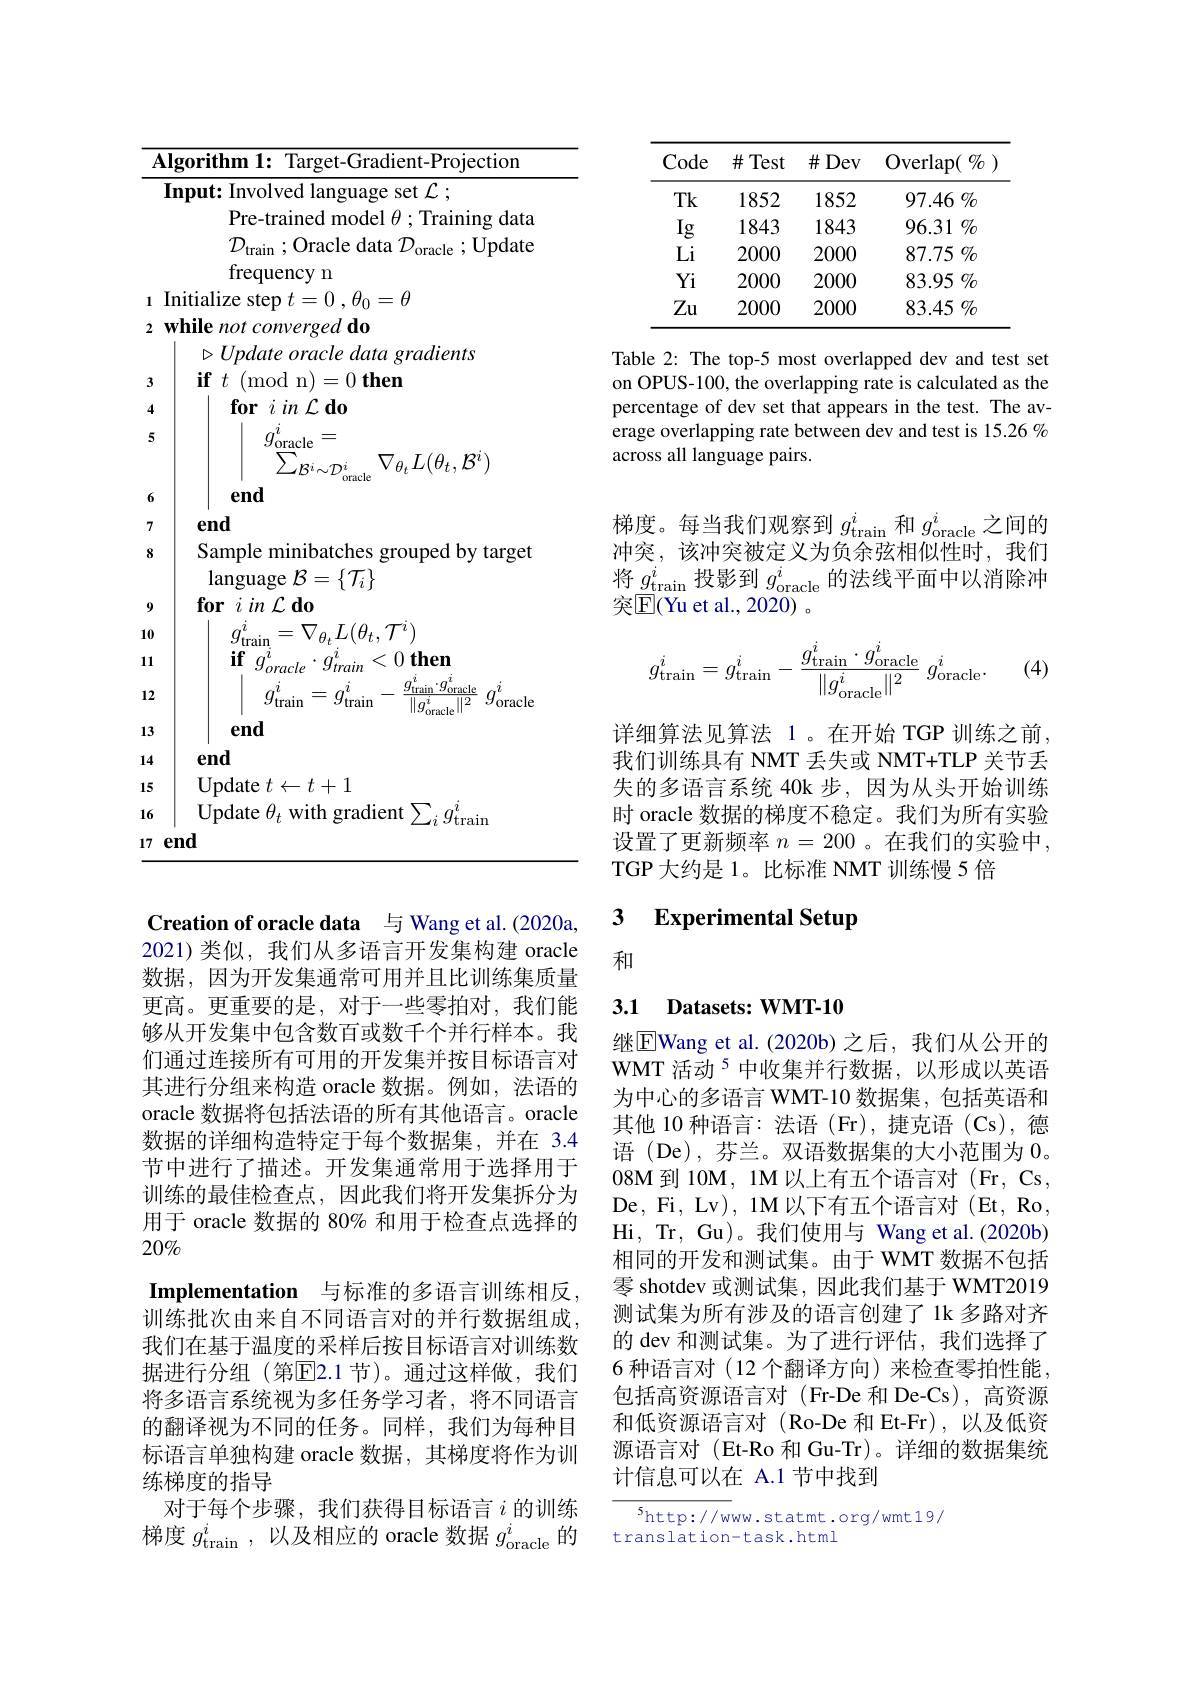
Algorithm 1: Target-Gradient-Projection

Input: Involved language set $\mathcal{L};$

Pre-trained model $\theta;$Training data $\mathcal{D}_{\mathrm{train~;~Oracle~data~}}\mathcal{D}_{\mathrm{oracle~;~Update}}$ frequency n
1 Initialize step $t=0,\theta_0=\theta$
2 while not converged do
$\triangleright Update\textit{oracle data gradients}$
3
$\textbf{if }t\allowbreak ( {\mathrm{mod}} $n$) = 0\textbf{then}$
4
$\textbf{for }i$ in $\mathcal{L}$ do
5
$g_{\underset{\mathrm{oracle}}{\operatorname*{\operatorname*{\longrightarrow}}}}^{i}=$
$\sum_{\mathcal{B}^{i}\sim\mathcal{D}_{\mathrm{oracle}}^{i}}\nabla_{\theta_{t}}L(\theta_{t},\mathcal{B}^{i})$
end
67
end
8
Sample minibatches grouped by target
$\operatorname{language}\mathcal{B}=\{\mathcal{T}_i\}$
$\textbf{for }i$ in $\mathcal{L}$ do
910
$g_{\mathrm{train}}^{i}=\nabla_{\theta_{t}}L(\theta_{t},\mathcal{T}^{i})$
11
$\mathbf{if}_{\mid }g_{oracle}^{i}\cdot g_{train}^{i}< 0$ $\mathbf{then}_{a^{i}}$
12
$\begin{array}{c}&g_{\mathrm{train}}^{i}=g_{\mathrm{train}}^{i}-\frac{g_{\mathrm{train}}^{i}\cdot g_{\mathrm{oracle}}^{i}}{\|g_{\mathrm{oracle}}^{i}\|^{2}}&g_{\mathrm{oracle}}^{i}\end{array}$
end
1314
end
Update $t\leftarrow t+1$
1516
$\dot{\text{Update }\theta_t}$ with gradient $\sum_ig_{\mathrm{train}}^i$
17 end

Creation of oracle data 与 Wang et al.(2020a, 2021)类似，我们从多语言开发集构建 oracle 数据，因为开发集通常可用并且比训练集质量更高。更重要的是，对于一些零拍对，我们能够从开发集中包含数百或数千个并行样本。我们通过连接所有可用的开发集并按目标语言对其进行分组来构造 oracle 数据。例如，法语的oracle 数据将包括法语的所有其他语言。oracle 数据的详细构造特定于每个数据集，并在 3.4节中进行了描述。开发集通常用于选择用于训练的最佳检查点，因此我们将开发集拆分为用于 oracle 数据的 80% 和用于检查点选择的$20\%$
$\textbf{Implementation}$ 与标准的多语言训练相反， 训练批次由来自不同语言对的并行数据组成， 我们在基于温度的采样后按目标语言对训练数据进行分组(第$\overline{\mathrm{E}}$2.1节)。通过这样做，我们将多语言系统视为多任务学习者，将不同语言的翻译视为不同的任务。同样，我们为每种目标语言单独构建 oracle 数据 ,其梯度将作为训练梯度的指导
对于每个步骤，我们获得目标语言$i$的训练梯度$g_\mathrm{train}^i$,以及相应的 oracle 数据$g_\mathrm{oracle}^i$的

<table>
	<tbody>
		<tr>
			<th>Code</th>
			<th>$\#$Test</th>
			<th>$\#Dev$</th>
			<th>Overlap( $\because\%$</th>
		</tr>
		<tr>
			<td>$Tk$</td>
			<td>1852</td>
			<td>1852</td>
			<td>$97.46\%$</td>
		</tr>
		<tr>
			<td>Ig</td>
			<td>1843</td>
			<td>1843</td>
			<td>$96.31\%$</td>
		</tr>
		<tr>
			<td>Li</td>
			<td>2000</td>
			<td>2000</td>
			<td>87.75 $\%$</td>
		</tr>
		<tr>
			<td>$Yi$</td>
			<td>2000</td>
			<td>2000</td>
			<td>83.95 $\%$</td>
		</tr>
		<tr>
			<td>$Zu$</td>
			<td>2000</td>
			<td>2000</td>
			<td>83.45 $\%$</td>
		</tr>
	</tbody>
</table>

Table 2: The top-5 most overlapped dev and test set on OPUS-100, the overlapping rate is calculated as the percentage of dev set that appears in the test. The average overlapping rate between dev and test is 15.26% across all language pairs.

梯度。每当我们观察到$g_\mathrm{train}^i$和$g_\mathrm{oracle}^i$之间的冲突，该冲突被定义为负余弦相似性时，我们将$g_\mathrm{train}^i$投影到$g_\mathrm{oracle}^i$的法线平面中以消除冲突$\mathbb{E}($Yu et al., 2020) 。
$$g_{\mathrm{train}}^i=g_{\mathrm{train}}^i-\frac{g_{\mathrm{train}}^i\cdot g_{\mathrm{oracle}}^i}{\|g_{\mathrm{oracle}}^i\|^2}\:g_{\mathrm{oracle}}^i.$$
(4)

详细算法见算法 1 。在开始 TGP 训练之前我们训练具有 NMT 丢失或 NMT+TLP 关节丢失的多语言系统 40k 步，因为从头开始训练时 oracle 数据的梯度不稳定。我们为所有实验设置了更新频率 $n=200$ 。在我们的实验中， TGP大约是 1。比标准 NMT 训练慢 5 倍

### 3 $\textbf{Experimental Setup}$

和

### 3.1 Datasets: WMT-10

继$\overline{\mathrm{E}}$Wang et al.(2020b)之后，我们从公开的WMT 活动$^{5}$中收集并行数据，以形成以英语为中心的多语言 WMT-10 数据集，包括英语和其他 10 种语言：法语 (Fr), 捷克语 (Cs), 德语 (De), 芬兰。双语数据集的大小范围为0。$08\mathbf{M}$到 10M, 1M 以上有五个语言对 (Fr, Cs, De, Fi, Lv) , 1M以 下 有 五 个 语 言 对 ( Et, Ro, Hi, Tr, Gu)。我们使用与 Wang et al.(2020b) 相同的开发和测试集。由于 WMT 数据不包括零 shotdev 或测试集，因此我们基于 WMT2019测试集为所有涉及的语言创建了 1k 多路对齐的 dev 和测试集。为了进行评估，我们选择了6 种语言对 (12 个翻译方向)来检查零拍性能， 包括高资源语言对 (Fr-De 和 De-Cs),高资源和低资源语言对(Ro-De 和 Et-Fr),以及低资源语言对(Et-Ro 和 Gu-Tr)。详细的数据集统计信息可以在 A.1 节中找到

$^{5}$http://www.statmt.org/wmt19/
translation-task.html